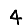
Digit: 4